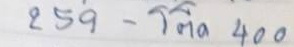
259 - โต๊ด 400